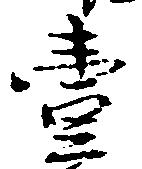
壱